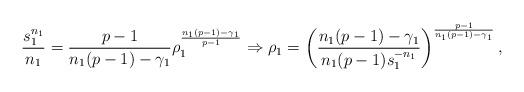
LaTeX: \begin{align*}\frac{s_{1}^{n_{1}}}{n_{1}}=\frac{p-1}{n_{1}(p-1)-\gamma_{1}}\rho_{1}^{\frac{n_{1}(p-1)-\gamma_{1}}{p-1}}\Rightarrow \rho_{1}=\left(\frac{n_{1}(p-1)-\gamma_{1}}{n_{1}(p-1)s_{1}^{-n_{1}}}\right)^{\frac{p-1}{n_{1}(p-1)-\gamma_{1}}},\end{align*}